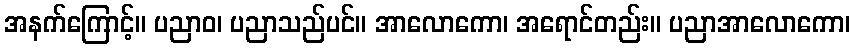
အနက်ကြောင့်။ ပညာဝ၊ ပညာသည်ပင်။ အာလောကော၊ အရောင်တည်း။ ပညာအာလောကော၊